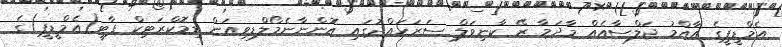
އެމްޑީޕީގެ އާއްމު ޖަލްސާއެއް މާދަމާ ރޭ ކާނިވަލް ސަރަހައްދުގައި އޮންނާނެމޯލްޑިވިއަން ޑިމޮކްރަޓިކް ޕާޓީ(އެމްޑީޕީ)ގެ